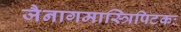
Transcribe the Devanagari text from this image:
जैनागमास्त्रिपिटकः